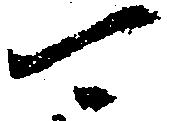
可